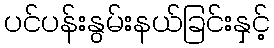
ပင်ပန်းနွမ်းနယ်ခြင်းနှင့်